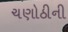
ચણોઠીની